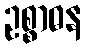
ဥစ္စာဓန